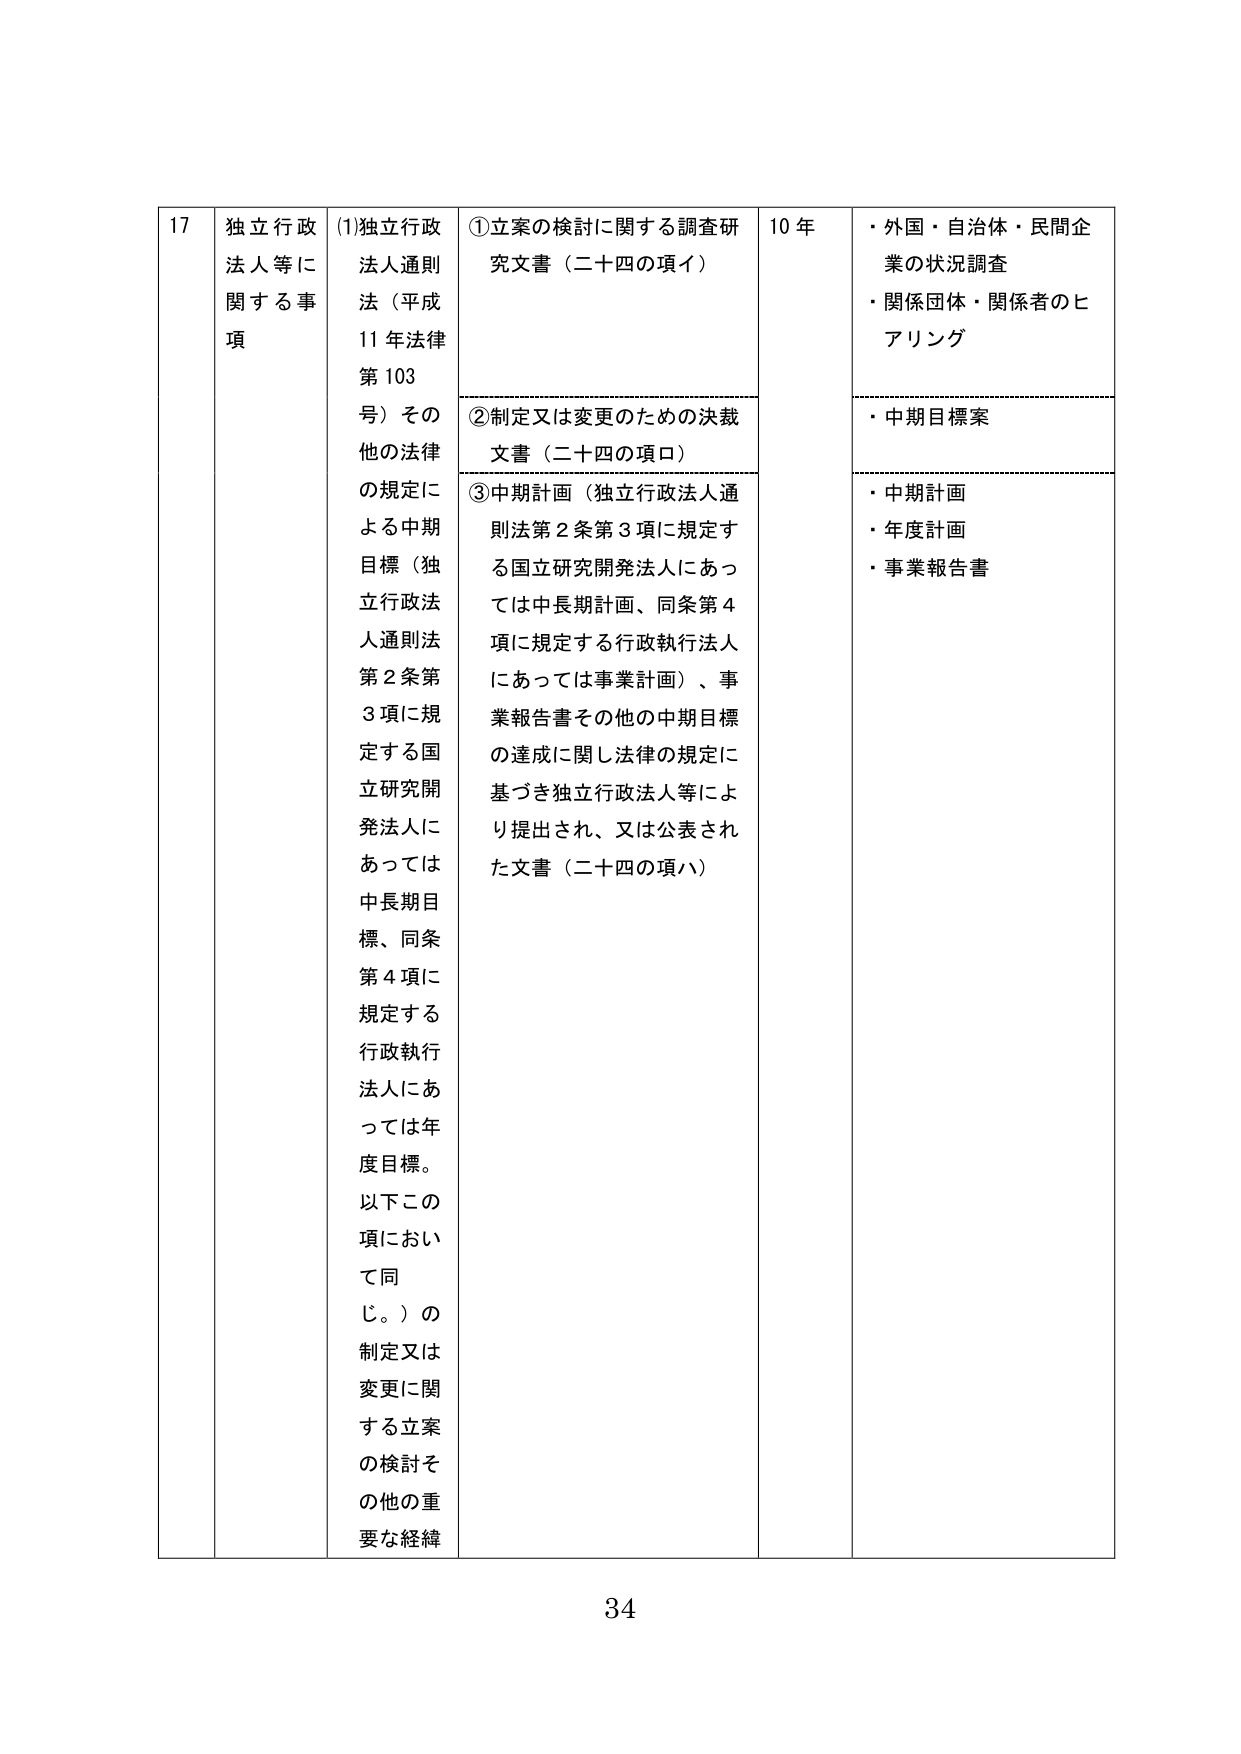
17 独立行政法人等に関する事項
(1) 独立行政法人通則法（平成11年法律第103号）その他の法律の規定による中期目標（独立行政法人通則法第2条第3項に規定する国立研究開発法人にあっては中長期目標、同条第4項に規定する行政執行法人にあっては年度目標。以下この項において同じ。）の制定又は変更に関する立案の検討その他の重要な経緯

① 立案の検討に関する調査研究文書（二十四の項イ）
② 制定又は変更のための決裁文書（二十四の項ロ）
③ 中期計画（独立行政法人通則法第2条第3項に規定する国立研究開発法人にあっては中長期計画、同条第4項に規定する行政執行法人にあっては事業計画）、事業報告書その他の中期目標の達成に関し法律の規定に基づき独立行政法人等により提出され、又は公表された文書（二十四の項ハ）

10年

・外国・自治体・民間企業の状況調査
・関係団体・関係者のヒアリング
・中期目標案
・中期計画
・年度計画
・事業報告書

34